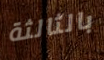
بالثالثة